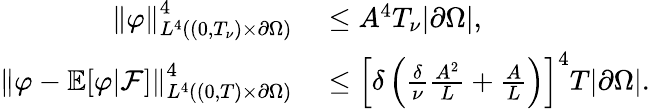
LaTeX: \begin{array}{rl}{\left\lVert\varphi\right\rVert_{L^{4}((0,T_{\nu})\times\partial\Omega)}^{4}}&{{}\le A^{4}T_{\nu}|\partial\Omega|,}\\ {\left\lVert\varphi-\mathbb E[\varphi|\mathcal F]\right\rVert_{L^{4}((0,T)\times\partial\Omega)}^{4}}&{{}\le\left[\delta\left(\frac\delta\nu\frac{A^{2}}L+\frac AL\right)\right]^{4}T|\partial\Omega|.}\end{array}